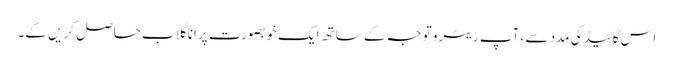
اس گائیڈ کی مدد سے ، آپ ریٹرو توجہ کے ساتھ ایک خوبصورت پرانا گلاب حاصل کریں گے۔